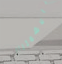
بالاشمئزاز